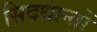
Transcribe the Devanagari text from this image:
सिदधान्‍तों